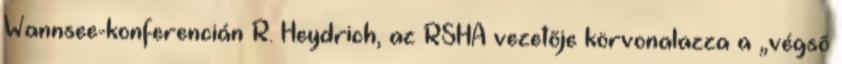
Wannsee-konferencián R. Heydrich, az RSHA vezetõje körvonalazza a „végsõ